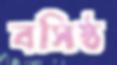
বসিষ্ঠ